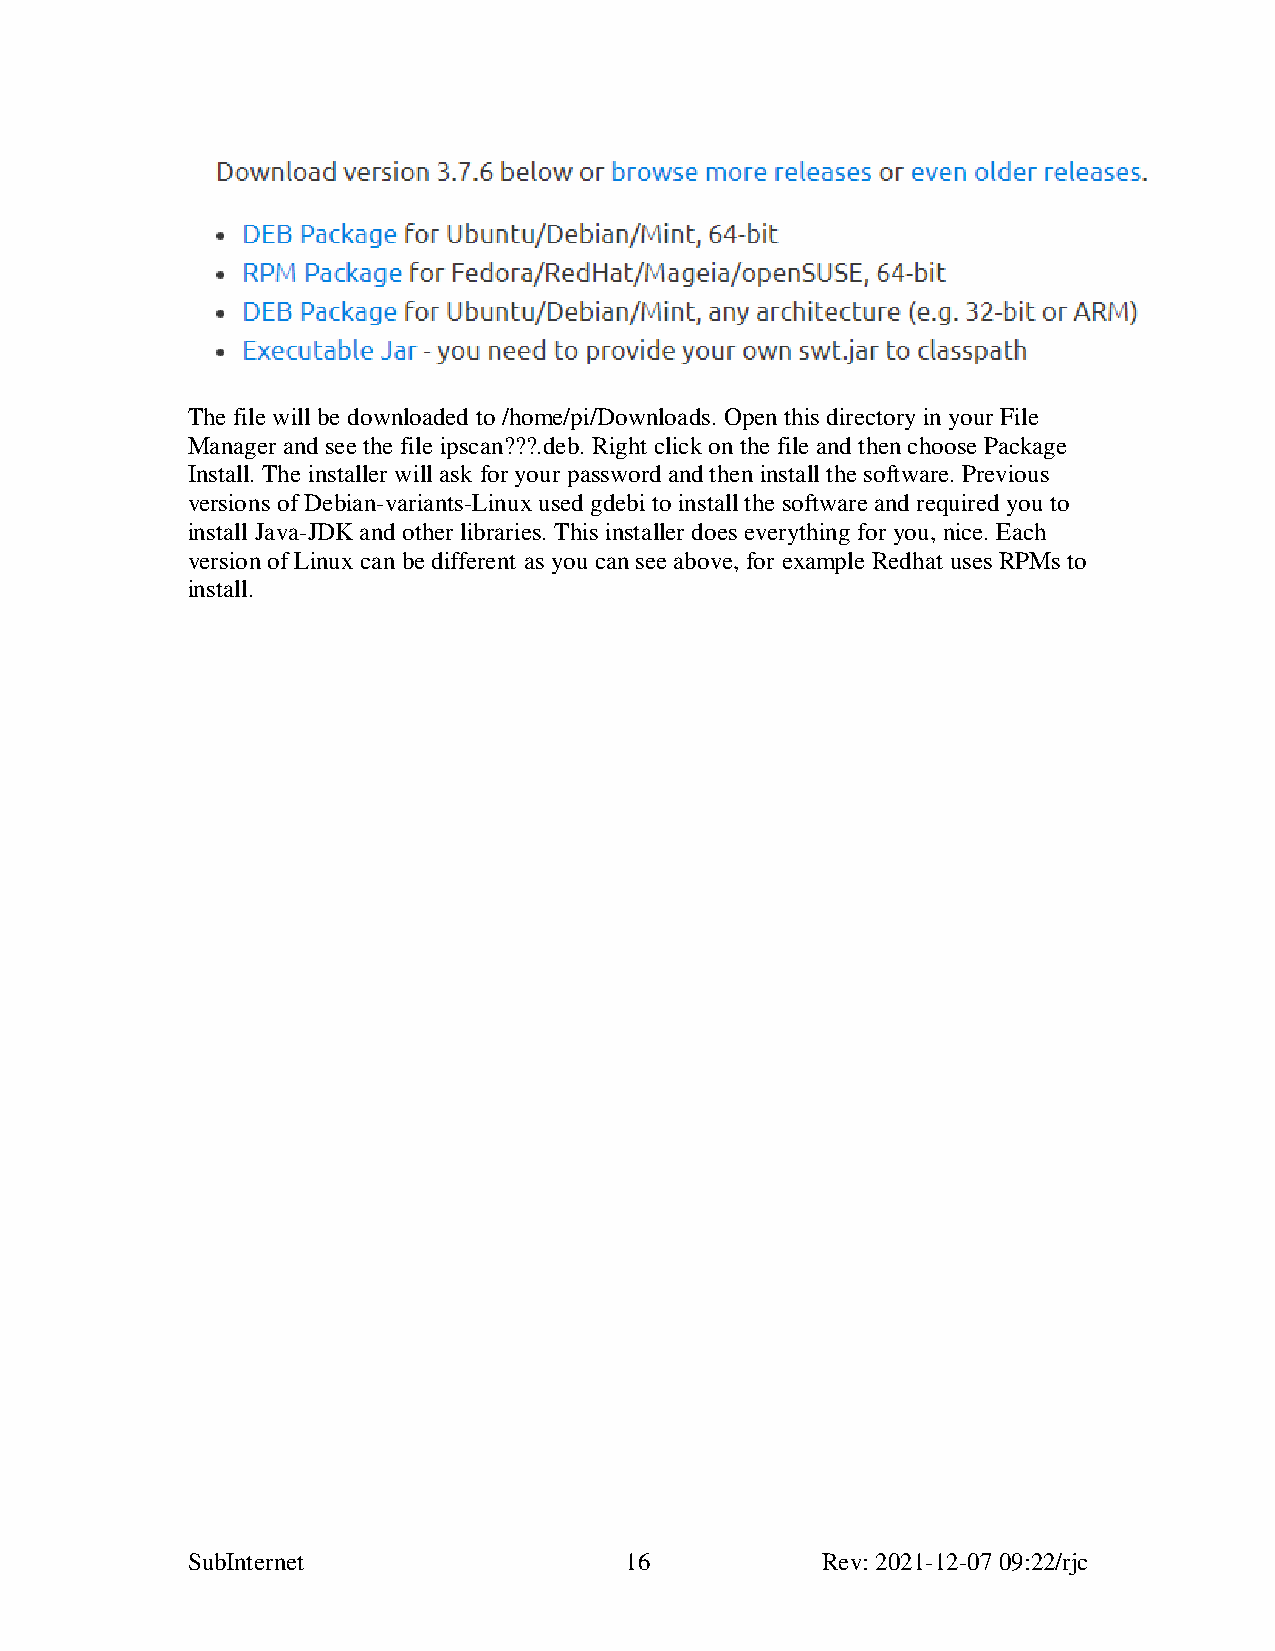
The file will be downloaded to /home/pi/Downloads. Open this directory in your File
 Manager and see the file ipscan???.deb. Right click on the file and then choose Package
 Install. The installer will ask for your password and then install the software. Previous
 versions of Debian-variants-Linux used gdebi to install the software and required you to
 install Java-JDK and other libraries. This installer does everything for you, nice. Each
 version of Linux can be different as you can see above, for example Redhat uses RPMs to
 install.
 SubInternet                  16           Rev: 2021-12-07 09:22/rjc